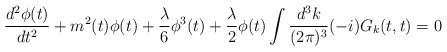
\begin{align*}\frac{d^2\phi(t)}{dt^2}+m^2(t)\phi(t)+\frac{\lambda}{6}\phi^3(t)+ \frac{\lambda}{2}\phi(t)\int \frac{d^3k}{(2\pi)^3}(-i) G_k(t,t) = 0 \end{align*}